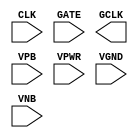
module sky130_fd_sc_ms__dlclkp (
    //# {{clocks|Clocking}}
    input  CLK ,
    input  GATE,
    output GCLK,

    //# {{power|Power}}
    input  VPB ,
    input  VPWR,
    input  VGND,
    input  VNB
);
endmodule